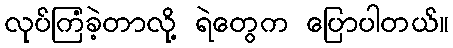
လုပ်ကြံခဲ့တာလို့ ရဲတွေက ပြောပါတယ်။